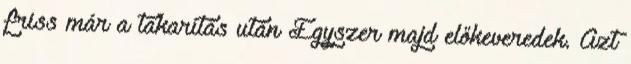
friss már a takarítás után Egyszer majd előkeveredek. Azt